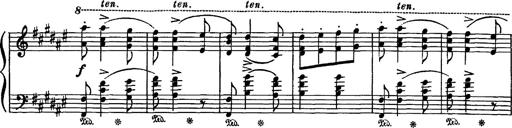
Title: Hungarian Rhapsody No.16
Composer: Franz Liszt
Key: A minor